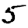
Digit: 5